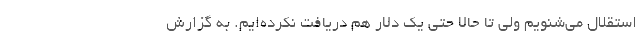
استقلال می‌شنویم ولی تا حالا حتی یک دلار هم دریافت نکرده‌ایم. به گزارش